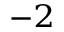
_ { - 2 }